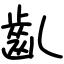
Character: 齓